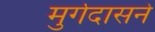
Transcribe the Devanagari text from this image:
मुर्गदासने